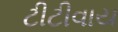
ટીટીવાય